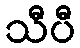
သီပီ